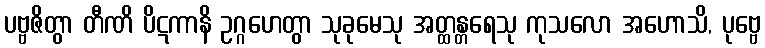
ပဗ္ဗဇိတွာ တီဏိ ပိဋကာနိ ဥဂ္ဂဟေတွာ သုခုမေသု အတ္ထန္တရေသု ကုသလော အဟောသိ, ပုဗ္ဗေ